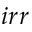
i r r